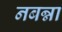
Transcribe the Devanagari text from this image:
नबन्ना